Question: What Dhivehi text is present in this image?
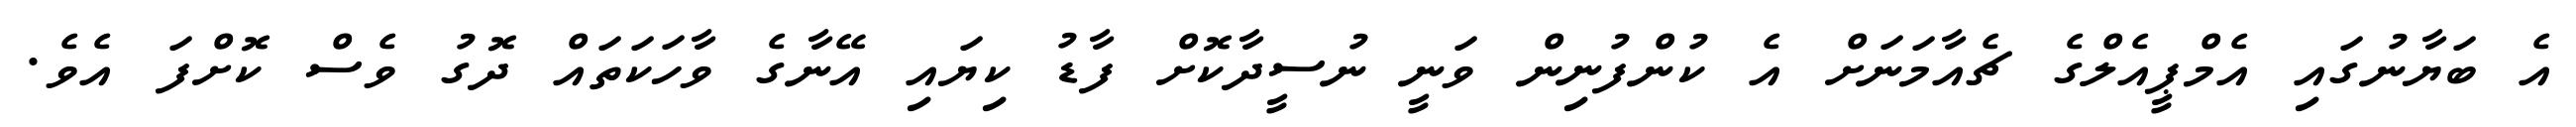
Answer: އެ ބަޔާނުގައި އެމްޕީއެލްގެ ޗެއާމަނަށް އެ ކުންފުނިން ވަނީ ނުސީދާކޮށް ފާޑު ކިޔައި އޭނާގެ ވާހަކަތައް ދޮގު ވެސް ކޮށްފަ އެވެ.